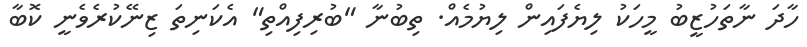
ހާދަ ނާތަހުޒީބު މީހަކު ލިޔެފައިން ލިޔުމެއް. ތިބުނާ "ބުރިފިއްތި" އެކަނިތަ ޒިނޭކުރެވެނީ ކޮބާ